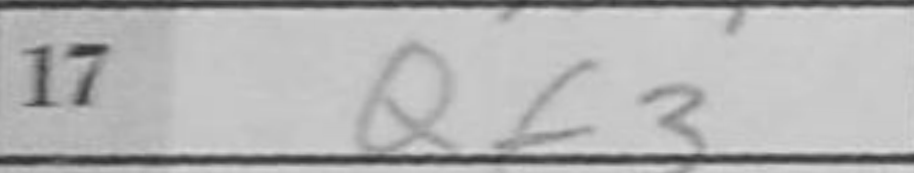
Transcription: Qf3